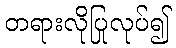
တရားလိုပြုလုပ်၍